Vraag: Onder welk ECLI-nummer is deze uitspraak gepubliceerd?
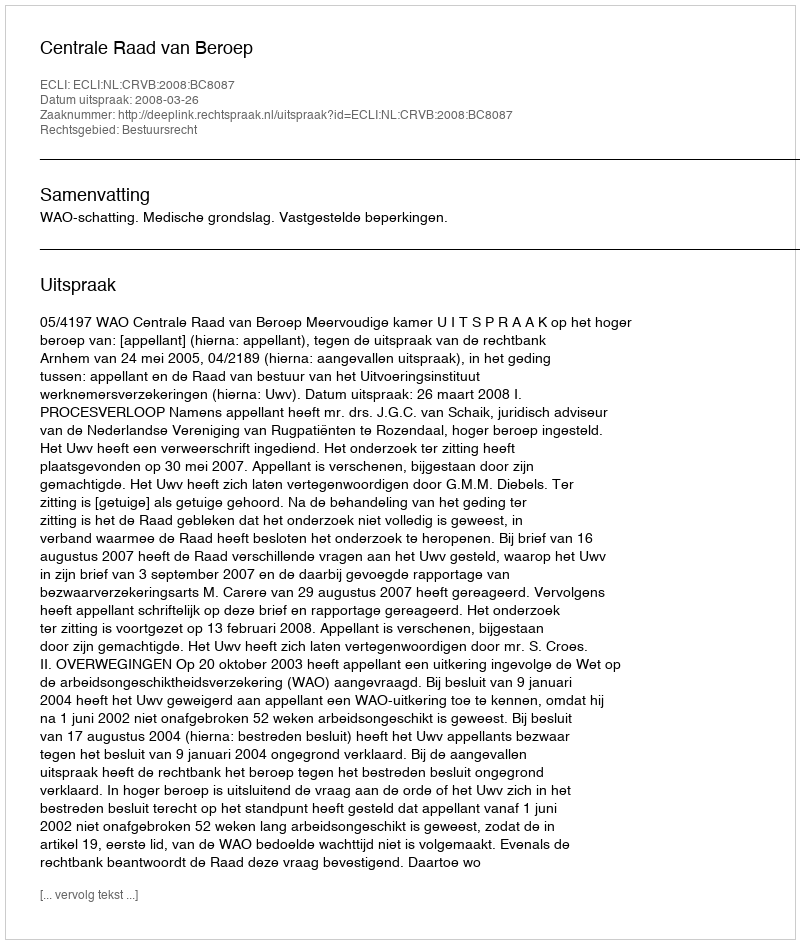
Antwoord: ECLI:NL:CRVB:2008:BC8087